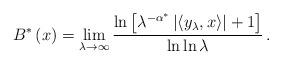
LaTeX: \begin{align*}B^{\ast}\left( x\right) =\lim_{\lambda\rightarrow\infty}\frac{\ln\left[\lambda^{-\alpha^{\ast}}\left\vert \left\langle y_{\lambda},x\right\rangle\right\vert +1\right] }{\ln\ln\lambda}\,. \end{align*}